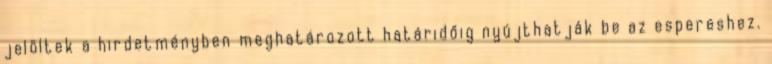
jelöltek a hirdetményben meghatározott határidőig nyújthatják be az espereshez.